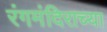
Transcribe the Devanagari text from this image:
रंगमंदिराच्या